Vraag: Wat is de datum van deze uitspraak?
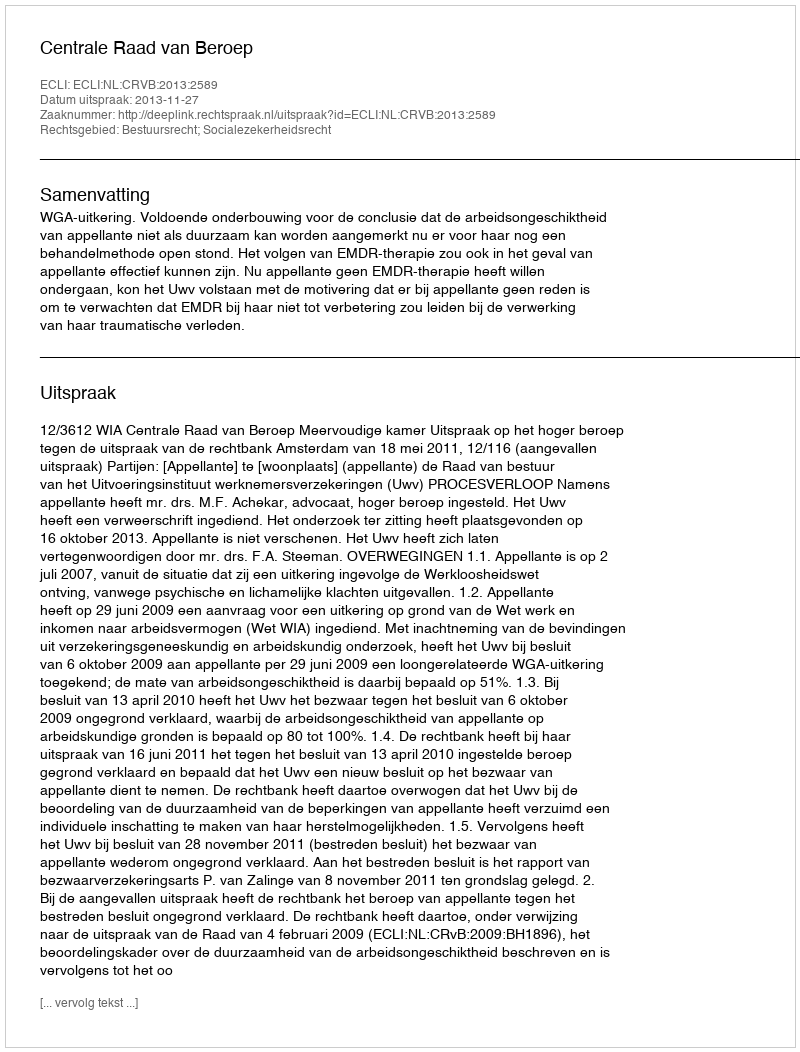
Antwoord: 2013-11-27